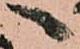
へ